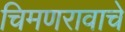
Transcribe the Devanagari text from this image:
चिमणरावाचे